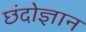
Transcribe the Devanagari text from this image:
छंदोज्ञान